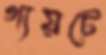
গ্যয়টে